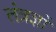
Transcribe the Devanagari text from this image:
तंत्रज्ञों